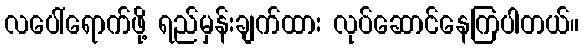
လပေါ်ရောက်ဖို့ ရည်မှန်းချက်ထား လုပ်ဆောင်နေကြပါတယ်။